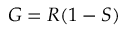
G = R ( 1 - S )